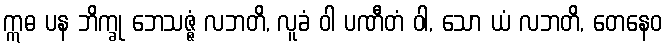
ဣဓ ပန ဘိက္ခု ဘေသဇ္ဇံ လဘတိ, လူခံ ဝါ ပဏီတံ ဝါ, သော ယံ လဘတိ, တေနေဝ